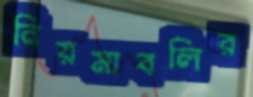
নিয়মাবলির